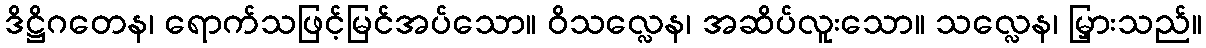
ဒိဋ္ဌိဂတေန၊ ရောက်သဖြင့်မြင်အပ်သော။ ဝိသလ္လေန၊ အဆိပ်လူးသော။ သလ္လေန၊ မြှားသည်။